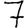
Digit: 7